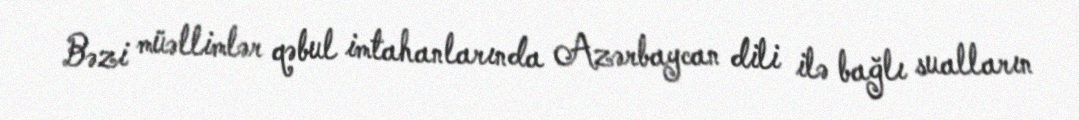
Bəzi müəllimlər qəbul imtahanlarında Azərbaycan dili ilə bağlı sualların